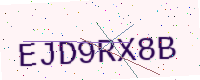
Text: EJD9RX8B